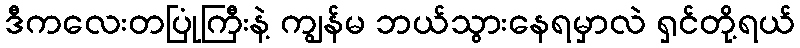
ဒီကလေးတပြုံကြီးနဲ့ ကျွန်မ ဘယ်သွားနေရမှာလဲ ရှင်တို့ရယ်